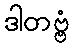
ဒါတဗ္ဗံ